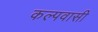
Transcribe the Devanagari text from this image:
कल्पवासी